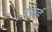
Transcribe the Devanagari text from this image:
एन्नाई